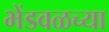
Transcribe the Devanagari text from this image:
भेंडवळच्या